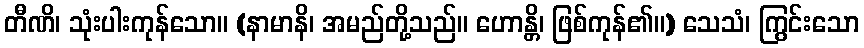
တီဏိ၊ သုံးပါးကုန်သော။ (နာမာနိ၊ အမည်တို့သည်။ ဟောန္တိ၊ ဖြစ်ကုန်၏။) သေသံ၊ ကြွင်းသော